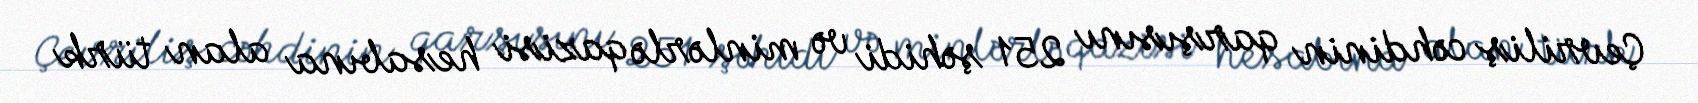
Çevriliş cəhdinin qarşısını 251 şəhidi və minlərlə qazisi hesabına alan türk